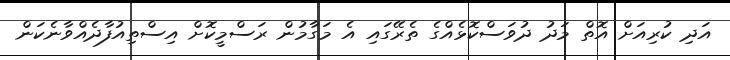
އަދި ކުރިއަށް އޮތް މަދު ދުވަސްކޮޅެއްގެ ތެރޭގައި އެ މަގާމުން ރަސްމީކޮށް އިސްތިއުފާދެއްވާނެކަން